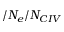
/ N _ { e } / N _ { \sc C I V }